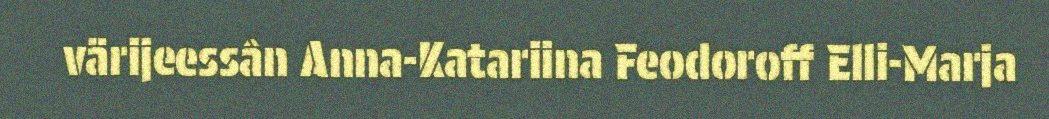
värijeessân Anna-Katariina Feodoroff Elli-Marja